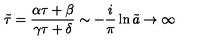
\tilde { \tau } = \frac { \alpha \tau + \beta } { \gamma \tau + \delta } \sim - \frac { i } { \pi } \ln \tilde { a } \rightarrow \infty